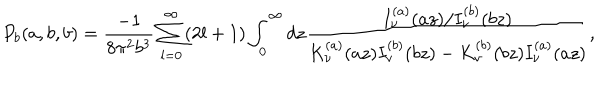
LaTeX: P _ { b } ( a , b , b ) = \frac { - 1 } { 8 \pi ^ { 2 } b ^ { 3 } } \sum _ { l = 0 } ^ { \infty } ( 2 l + 1 ) \int _ { 0 } ^ { \infty } d z \frac { I _ { \nu } ^ { ( a ) } ( a z ) / I _ { \nu } ^ { ( b ) } ( b z ) } { K _ { \nu } ^ { ( a ) } ( a z ) I _ { \nu } ^ { ( b ) } ( b z ) - K _ { \nu } ^ { ( b ) } ( b z ) I _ { \nu } ^ { ( a ) } ( a z ) } ,